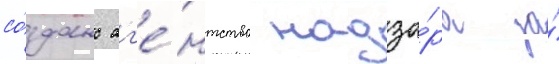
со́здано аг'е́нтство надзо́ра за́